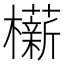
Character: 𬅋